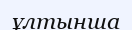
ұлтынша